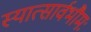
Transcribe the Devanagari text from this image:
स्यात्सार्वभौमः